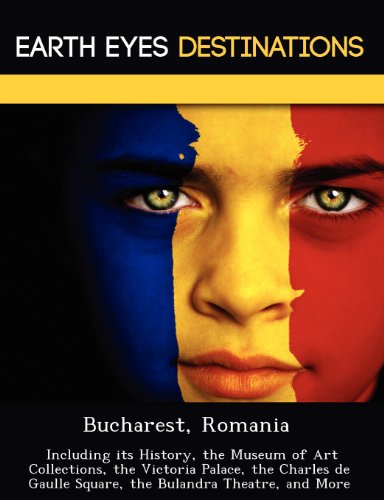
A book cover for Bucharest, Romania: Including its History, the Museum of Art Collections, the Victoria Palace, the Charles de Gaulle Square, the Bulandra Theatre, and More; Sam Night; Travel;